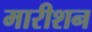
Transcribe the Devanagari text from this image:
मारीशन